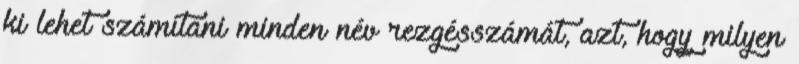
ki lehet számítani minden név rezgésszámát, azt, hogy milyen